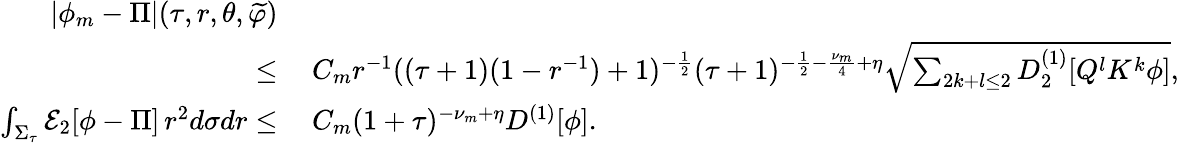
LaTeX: \begin{array}{rl}{\left|\phi_{m}-\Pi\right|(\tau,r,\theta,\widetilde{\varphi})}&{}\\ {\leq}&{\: C_{m}r^{-1}((\tau+1)(1-r^{-1})+1)^{-\frac{1}{2}}(\tau+1)^{-\frac{1}{2}-\frac{\nu_{m}}{4}+\eta}\sqrt{\sum_{2k+l\leq 2}D_{2}^{(1)}[Q^{l}K^{k}\phi]},}\\ {\int_{\Sigma_{\tau}}\mathcal{E}_{2}[\phi-\Pi]\, r^{2}d\sigma dr\leq}&{\: C_{m}(1+\tau)^{-\nu_{m}+\eta}D^{(1)}[\phi].}\end{array}